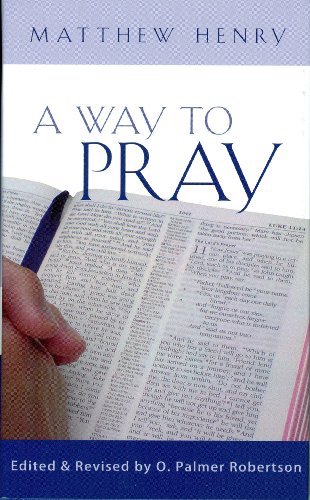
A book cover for A Way to Pray; Matthew Henry; Christian Books & Bibles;